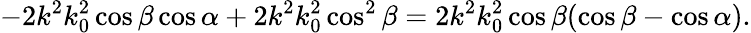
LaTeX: -2k^{2}k_{0}^{2}\cos\beta\cos\alpha+2k^{2}k_{0}^{2}\cos^{2}\beta=2k^{2}k_{0}^{2}\cos\beta(\cos\beta-\cos\alpha).